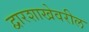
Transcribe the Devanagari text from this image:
द्वारशाखेवरील